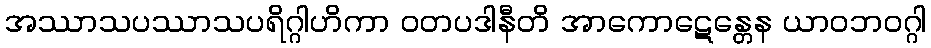
အဿာသပဿာသပရိဂ္ဂါဟိကာ ဝတပဒါနီတိ အာကောဋေန္တေန ယာဝဘဝဂ္ဂါ